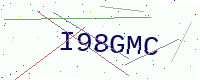
Text: I98GMC